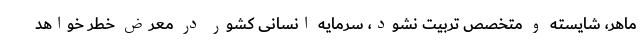
ماهر، شایسته و متخصص تربیت نشود، سرمایه انسانی کشور در معرض خطر خواهد